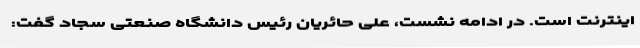
اینترنت است. در ادامه نشست، علی حائریان رئیس دانشگاه صنعتی سجاد گفت: